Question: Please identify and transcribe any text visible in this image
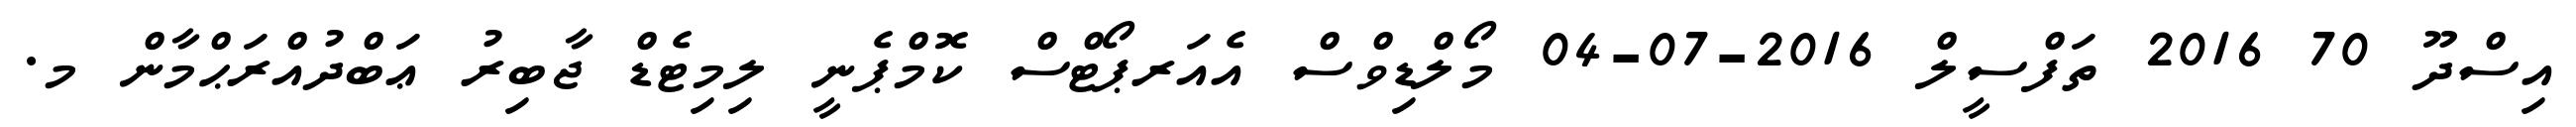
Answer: އިސްދޫ 70 2016 ތަފްސީލް 2016-07-04 މޯލްޑިވްސް އެއަރޕޯޓްސް ކޮމްޕެނީ ލިމިޓެޑް ޖާބިރު ޢަބްދުއްރަޙްމާން މ.